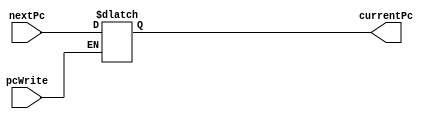
module Pc(nextPc, pcWrite, currentPc);

input [31:0] nextPc;
input pcWrite;

output reg [31:0] currentPc;

always@(*)
begin
	if(pcWrite)
	begin
		currentPc = nextPc;
	end
end
endmodule